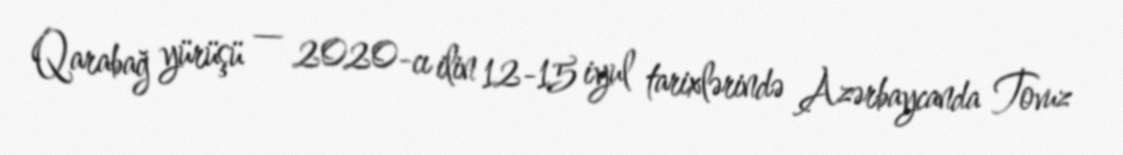
Qarabağ yürüşü — 2020-cı ilin 12-15 iyul tarixlərində Azərbaycanda Tovuz